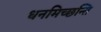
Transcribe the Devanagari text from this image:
धनमिच्छन्ति